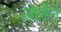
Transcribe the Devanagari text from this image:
ज़ेलेन